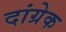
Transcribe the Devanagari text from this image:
दांग्रेक